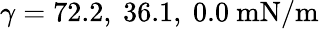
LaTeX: \gamma=72.2,\ 36.1,\ 0.0\ \mathrm{mN/m}